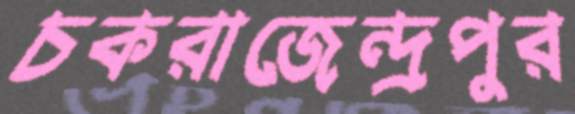
চকরাজেন্দ্রপুর